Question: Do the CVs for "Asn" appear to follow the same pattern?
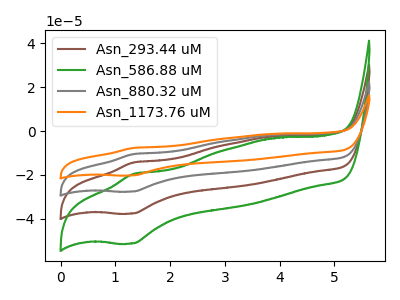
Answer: <think>The brown curve "Asn_293.44 uM" has an anodic peak at (1.35V, -14.35uA) and a cathodic peak at (1.30V, -37.70uA). The green curve "Asn_586.88 uM" has an anodic peak at (1.35V, -19.60uA) and a cathodic peak at (1.30V, -51.35uA). The gray curve "Asn_880.32 uM" has an anodic peak at (1.35V, -28.75uA) and a cathodic peak at (1.30V, -75.35uA). The orange curve "Asn_1173.76 uM" has an anodic peak at (1.35V, -43.10uA) and a cathodic peak at (1.30V, -113.05uA).
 All the peaks in "Asn_293.44 uM" have a peak in "Asn_586.88 uM" at the same potential. All the peaks in "Asn_293.44 uM" have a peak in "Asn_880.32 uM" at the same potential. All the peaks in "Asn_293.44 uM" have a peak in "Asn_1173.76 uM" at the same potential. All the peaks in "Asn_586.88 uM" have a peak in "Asn_880.32 uM" at the same potential. All the peaks in "Asn_586.88 uM" have a peak in "Asn_1173.76 uM" at the same potential. All the peaks in "Asn_880.32 uM" have a peak in "Asn_1173.76 uM" at the same potential.</think>
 <answer>All the CV's of "Asn" have similar shape.</answer>
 <eval>follow_rule</eval>